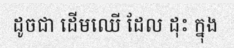
ដូចជា ដើមឈើ ដែល ដុះ ក្នុង